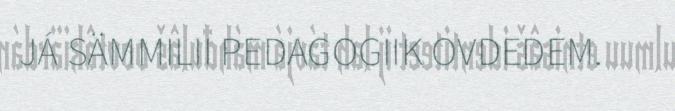
JÁ SÄMMILII PEDAGOGIIK OVDEDEM.